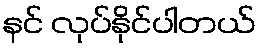
နင် လုပ်နိုင်ပါတယ်